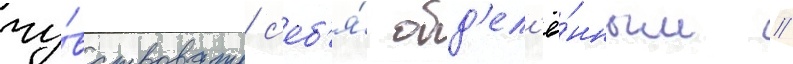
чу́вствовать с'еб'я́ обд'ел'ё́нным //